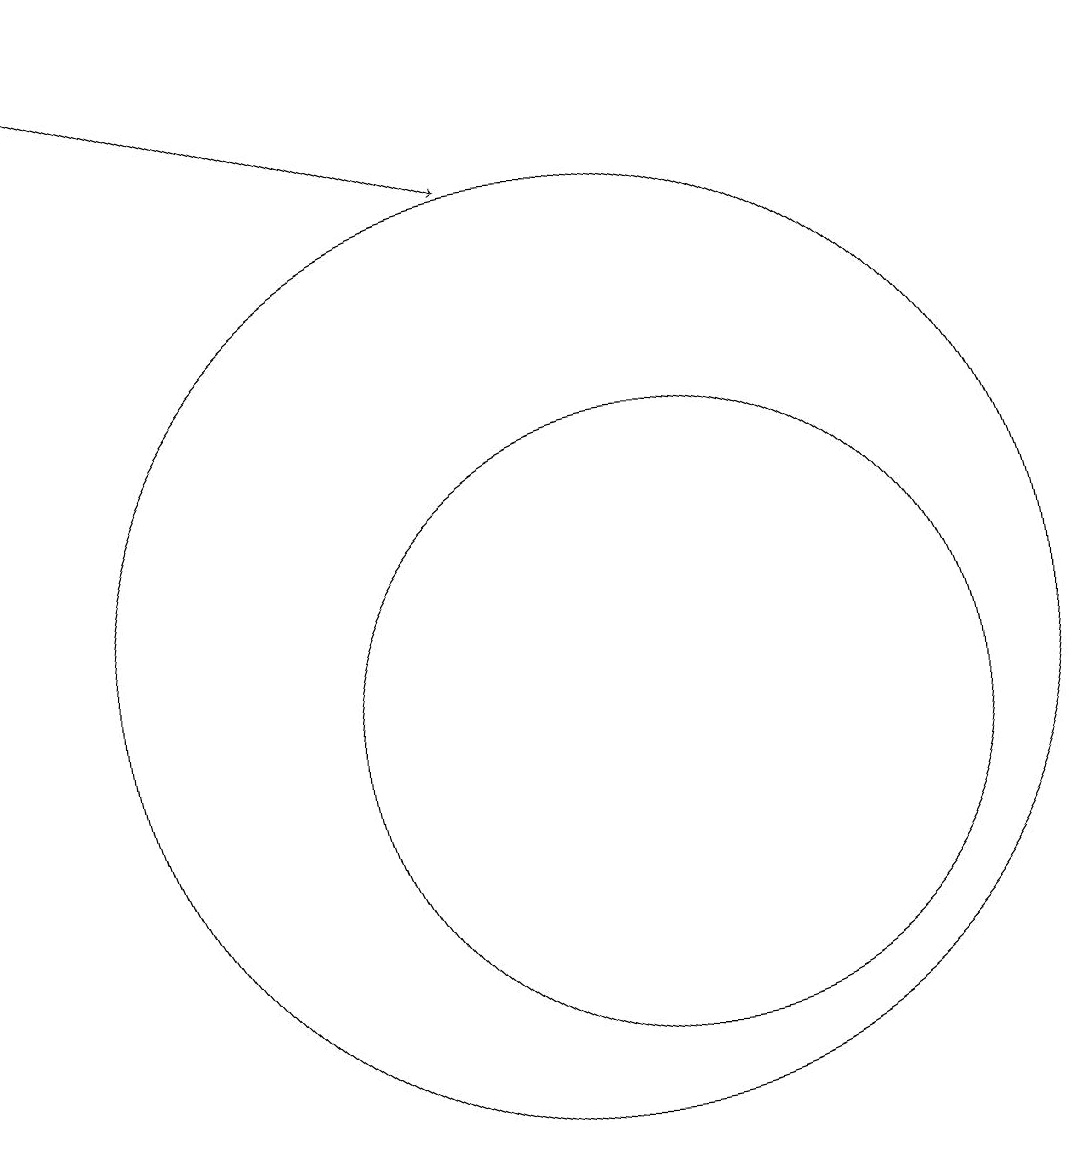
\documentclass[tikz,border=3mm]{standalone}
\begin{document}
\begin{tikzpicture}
\draw (10,11) circle (6);
\draw (11,10) circle (4);
\draw[->] (3,19) -- (9,17);
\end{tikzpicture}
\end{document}